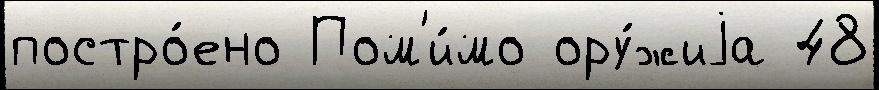
постро́ено Пом'и́мо ору́жиjа 48